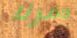
دمرنا